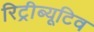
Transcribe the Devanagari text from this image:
रिट्रीब्यूटिव